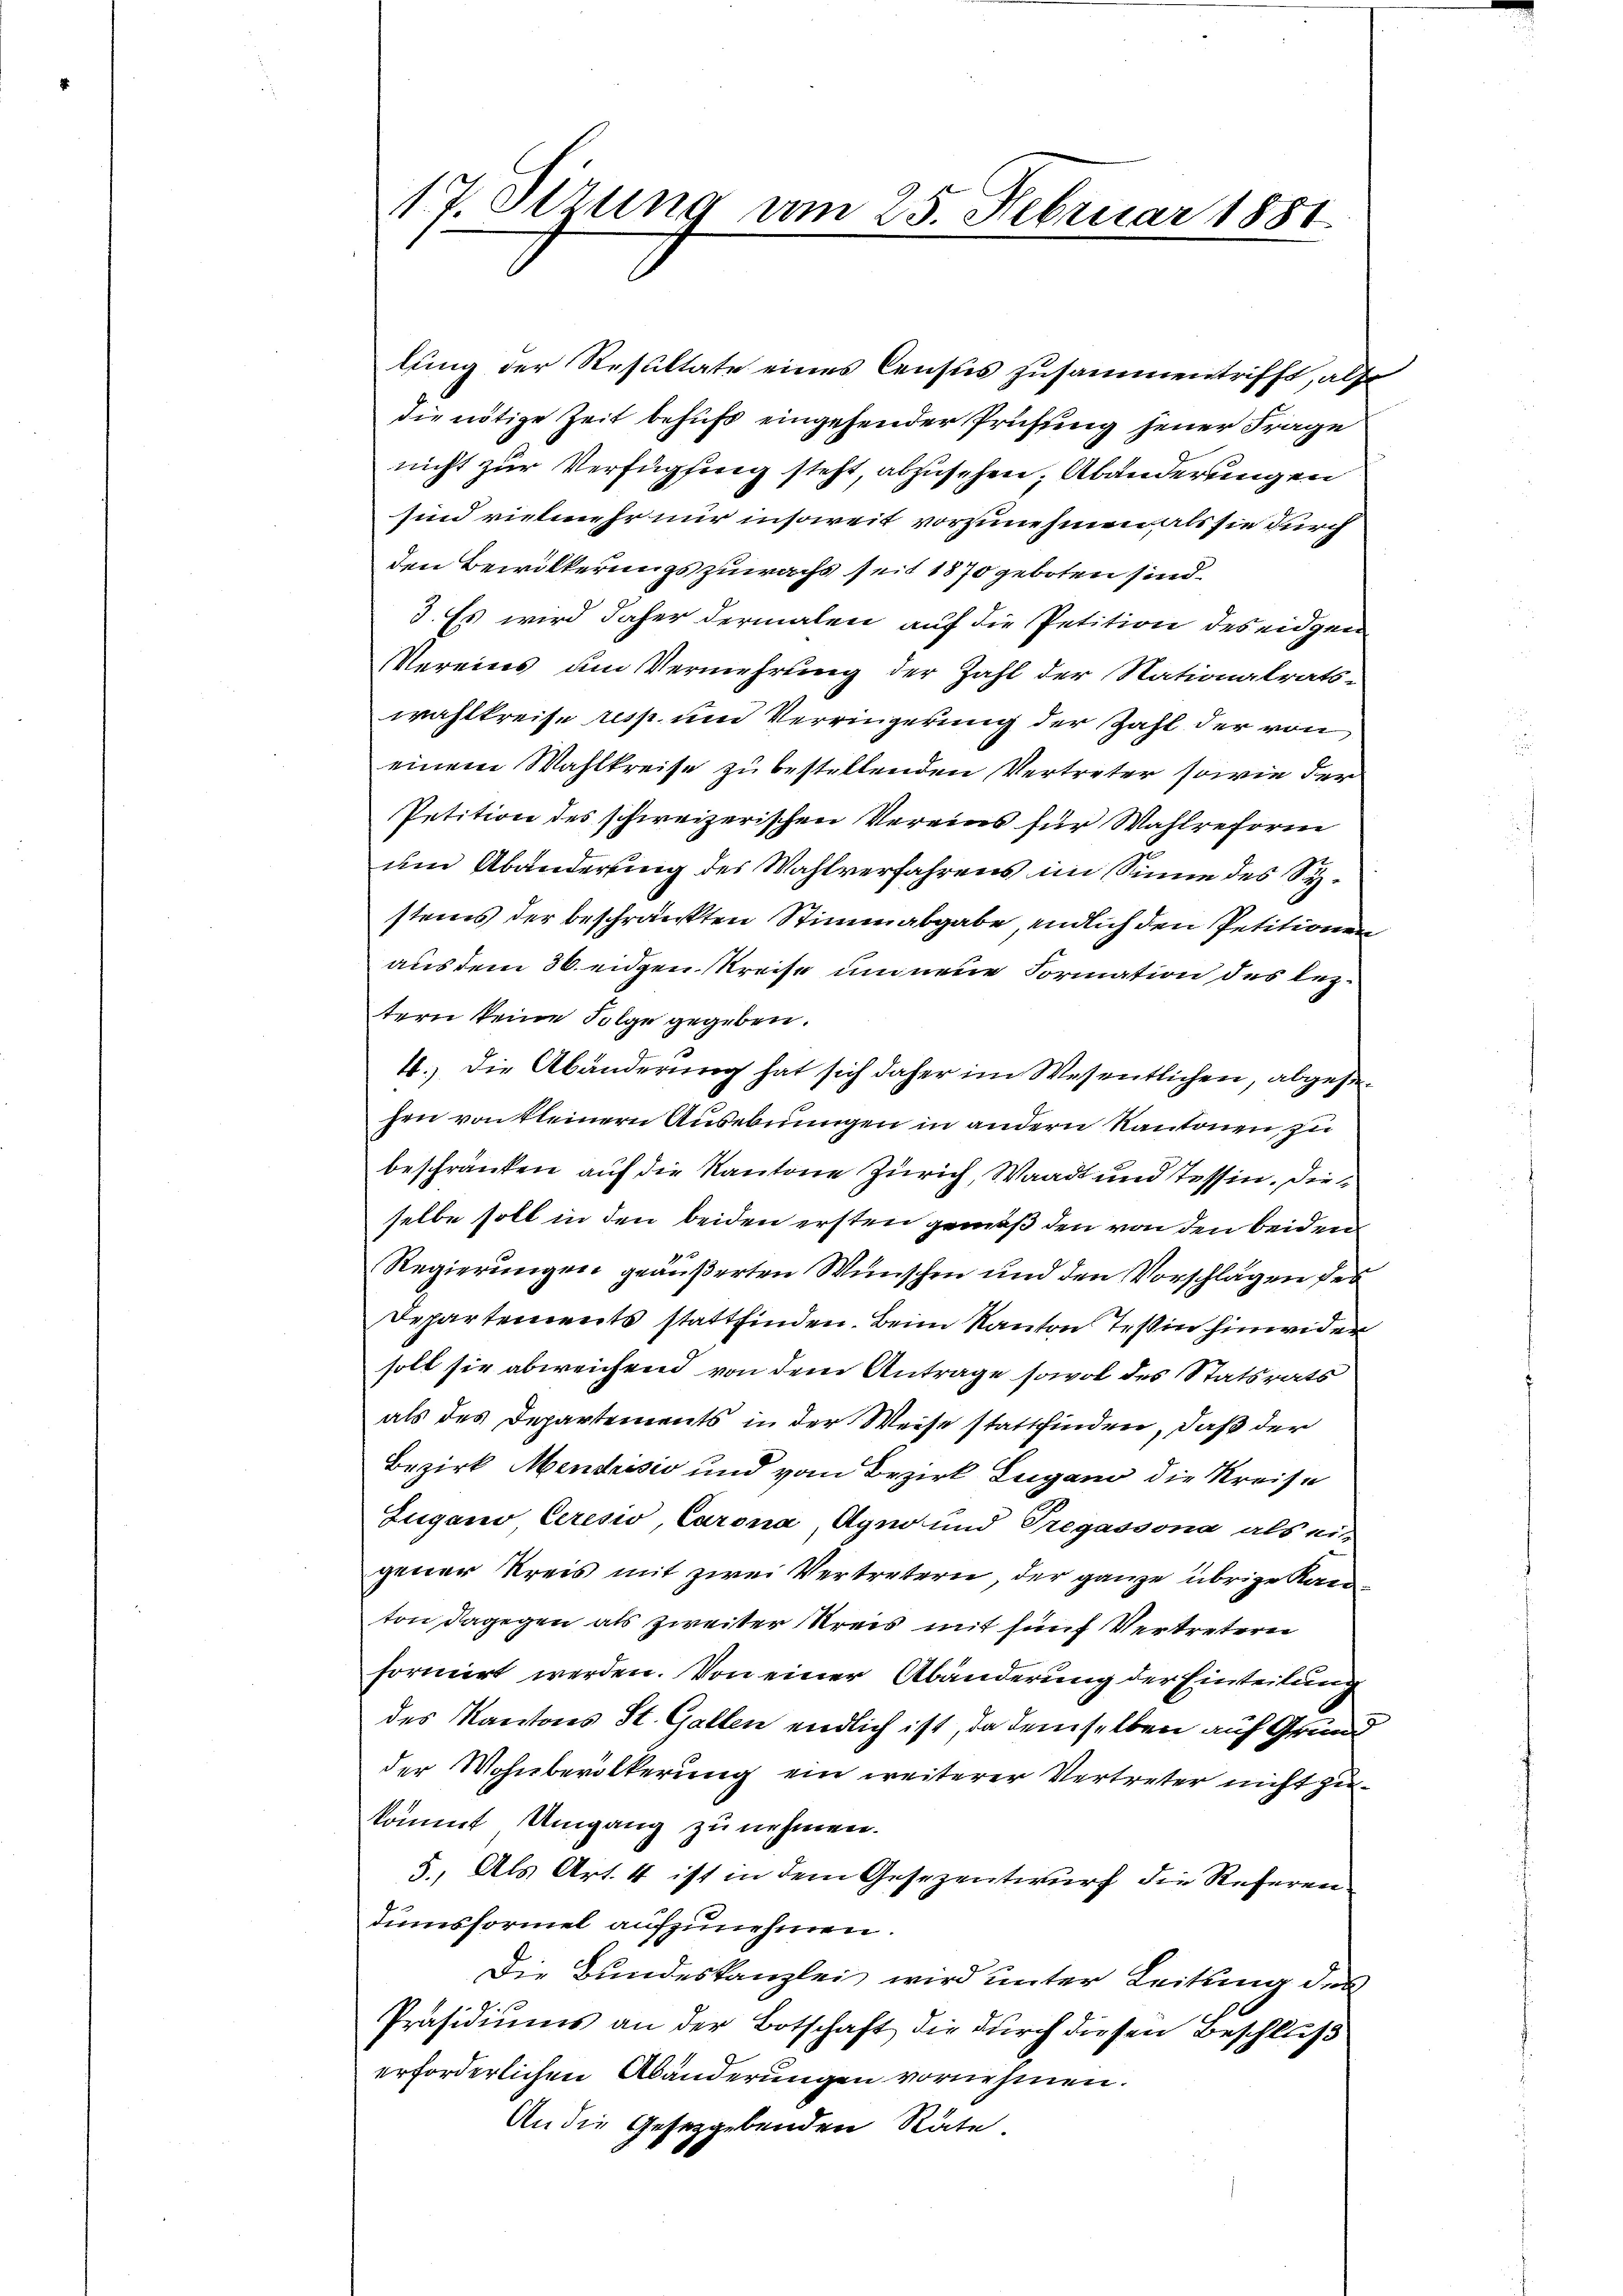
lung der Resultate eines Census zusammentrifft, als
die nötige Zeit behufs eingehender Prüfung jener Frage
nicht zur Verfügung steht, abzusehen. Abänderungen
sind vielmehr nur insoweit vorzunehmen als sie durch
den Bewilkerungszuwachs seit 1870 geboten sind.
3. Es wird daher dermalen auf die Petition des eidgen
Vereins um Vermehrung der Zahl der Nationalrats-
wahlkreise resp. und Verringerung der Zahl der von
einem Wahlkreise zu bestellenden Vertreter sowie der
Petition des schweizerischen Vereins für Wahlreform
um Abänderung des Wahlverfahrens im Sinne des Systeines der beschränkten Stimmabgabe, endlich den Petitionen
aus dem 36. eidgen Kreise um neue Formation des leztern keine Folge gegeben.
4.) Die Abänderung hat sich daher im Wesentlichen, abgesehen von kleinern Ausebnungen in andern Kantonen, zu
beschränken auf die Kantone Zürich, Waadt und Tessin. Die
selbe soll in den beiden ersten gemäß den von den beiden
9
Regierungen geäußerten Wünschen und den Vorschlägen des
Departements stattfinden. Beim Kanton Teßin hinwider
soll sie abweichend von dem Antrage sowol des Statsrats
als des Departements in der Weise stattfinden, daß der
Bezirk Mendessio und vom Bezirk Lugano die Kreise
Zugano Ceresio, Carona, Agno und Tregassona als ein
gener Kreis mit zwei Vertretern, der ganze übrige Kan
ton dagegen als zweiter Kreis mit fünf Vertretern
formirt werden. Von einer Abänderung der Einteilung
des Kantons St. Gallen endlich ist, da demselben auf Grund
der Wohnbevölkerung ein weiterer Vertreter nicht zukommt Umgang zu nehmen.
5., Als Art. 4 ist in dem Gesezentwurf die Referen
Tumsformel aufzunehmen.
Die Bundeskanzlei wird unter Leitung des
Präsidiums an der Botschaft die durch diesen Beschluß
erforderlichen Abänderungen vornehmen.
An die Gesetzgebenden Räte.

17. Sizung am 25. Februar 1881.